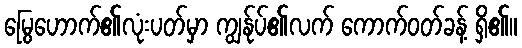
မြွေဟောက်၏လုံးပတ်မှာ ကျွန်ုပ်၏လက် ကောက်ဝတ်ခန့် ရှိ၏။